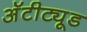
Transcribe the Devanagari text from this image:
अॅटीट्यूड